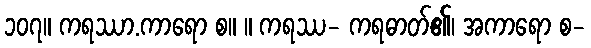
၁၀၇။ ကရဿာ.ကာရော စ။ ။ ကရဿ- ကရဓာတ်၏၊ အကာရော စ-